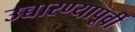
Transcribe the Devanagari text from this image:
उच्चारण्यापूर्वी